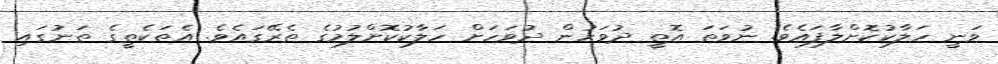
ވަނީ ހަލާކުކޮށްލާފައެވެ. ނުވަތަ އޮތީ ދުވަހުން ދުވަހަށް ހަލާކުކޮށްލުމުގެ ތެރޭގައެވެ. އެތަކެތީގެ ތަނުގައި